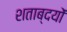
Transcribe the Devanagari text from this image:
शताब्दयों